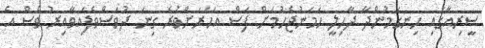
ސީރިއާގައި ހިނގަމުންދާ ދާހިލީ ހަމަނުޖެހުމަށް ފަސް އަހަރަށްވުރެ ގިނަ ދުވަސްވެފައިވާއިރު ވެސް އެ